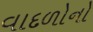
વાદળોનો